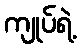
ကျုပ်ရဲ့